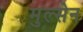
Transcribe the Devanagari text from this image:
मुल्सेन